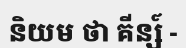
និយម ថា គីន្ស៍ -